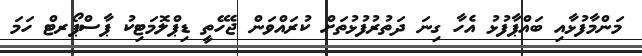
މަންމާފުޅާއި ބައްޕާފުޅު އެހާ ގިނަ ދަތުރުފުޅުތަށް ކުރައްވަން ޖެހޭތީ ޑިޕްލޮމަޓިކު ޕާސްޕޯރޓް ހަމަ